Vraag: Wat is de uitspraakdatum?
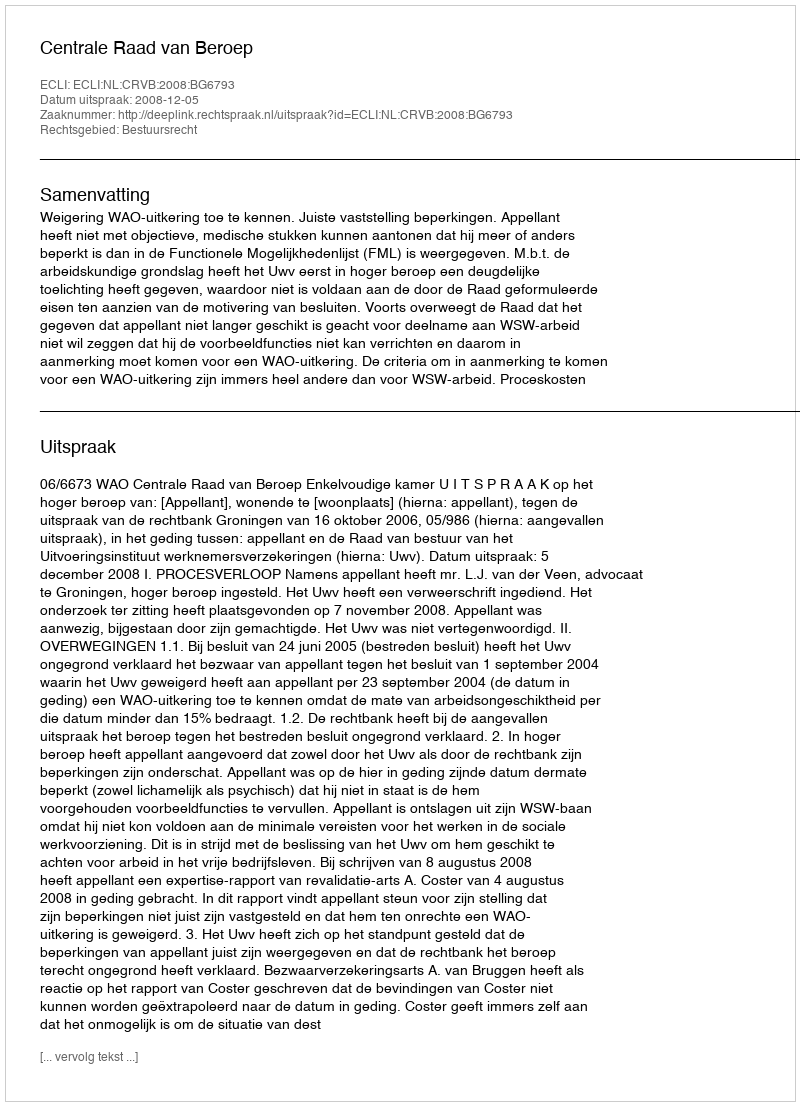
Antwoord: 2008-12-05